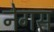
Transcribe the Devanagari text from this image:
नेगस